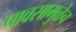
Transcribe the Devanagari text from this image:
पावसामुळेच